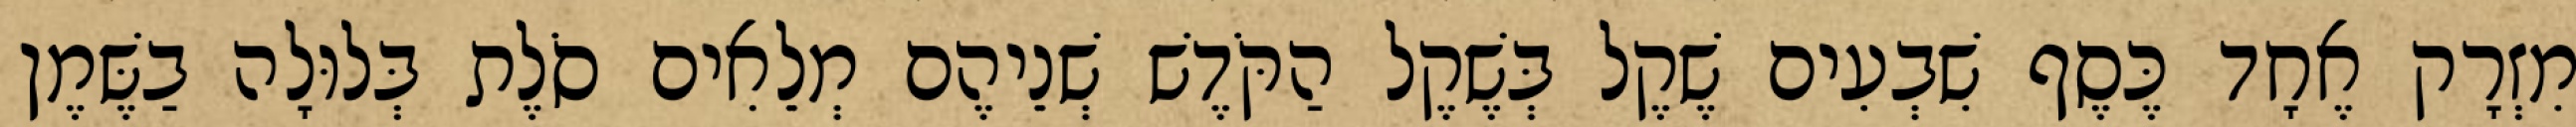
מִזְרָק אֶחָד כֶּסֶף שִׁבְעִים שֶׁקֶל בְּשֶׁקֶל הַקֹּדֶשׁ שְׁנֵיהֶם מְלֵאִים סֹלֶת בְּלוּלָה בַשֶּׁמֶן